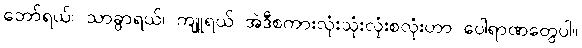
ဘော်ရယ်၊ သာခွာရယ်၊ ကျူရယ် အဲဒီစကားလုံးသုံးလုံးစလုံးဟာ ပေါရာဏတွေပါ။